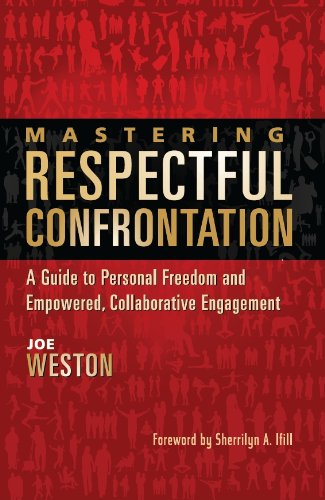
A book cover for Mastering Respectful Confrontation: A Guide to Personal Freedom and Empowered, Collaborative Engagement; Joe Weston; Self-Help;